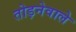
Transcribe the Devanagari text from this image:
तोड़नेवाले